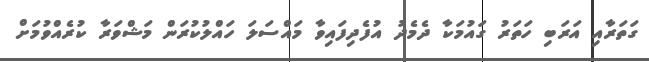
ގަތަރާއި އަރަބި ހަތަރު ގައުމަކާ ދެމެދު އުފެދިފައިވާ މައްސަލަ ހައްލުކުރަން މަޝްވަރާ ކުރެއްވުމަށް